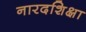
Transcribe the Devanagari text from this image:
नारदशिक्षा